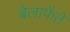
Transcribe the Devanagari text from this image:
बेलाफेंते